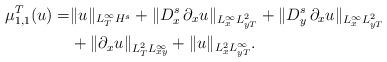
LaTeX: \begin{align*}\begin{aligned}\mu_{1,1}^T(u)=&\|u\|_{L_T^\infty H^s}+\|D_x^{s} \,\partial_x u\|_{L_x^\infty L_{yT}^2}+\|D_y^{s} \,\partial_x u\|_{L_x^\infty L_{yT}^2}\\&+\|\partial_x u\|_{L_T^2 L_{xy}^\infty}+\|u\|_{L_x^{2}L_{yT}^{\infty}}.\end{aligned}\end{align*}